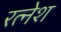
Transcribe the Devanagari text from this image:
रत्‍नेश